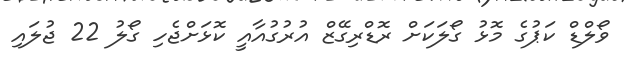
ވޯލްޑް ކަޕުގެ މޮޅު ގޯލަކަށް ރޮޑްރިގޭޒް އުރުގުއާއީ ކޮޅަށްޖެހި ގޯލު 22 ޖުލައި